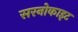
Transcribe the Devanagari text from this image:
सरनोकाइट